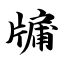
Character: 牖